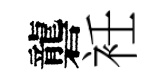
礱衽